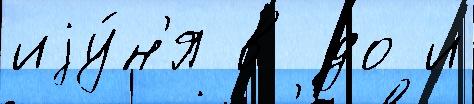
иjу́н'я в до и